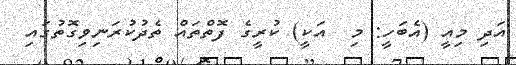
އަދި މިއީ (އެބަހީ: މި  އަކީ) ކުރީގެ ފޮތްތައް ތެދުކުރަނިވިގޮތުގައި